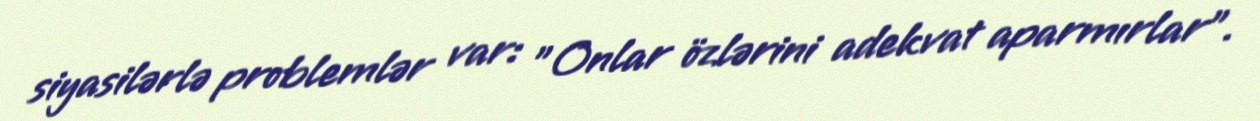
siyasilərlə problemlər var: "Onlar özlərini adekvat aparmırlar".